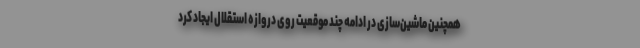
همچنین ماشین‌سازی در ادامه چند موقعیت روی دروازه استقلال ایجاد کرد